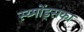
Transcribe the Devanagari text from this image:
स्य्मोंड्सका